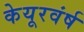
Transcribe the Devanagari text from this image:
केयूरवंर्ष